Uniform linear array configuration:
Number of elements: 48
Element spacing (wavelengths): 0.75
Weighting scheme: kaiser
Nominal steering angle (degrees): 45
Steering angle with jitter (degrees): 43.988
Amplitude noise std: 0.05
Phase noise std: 0.05

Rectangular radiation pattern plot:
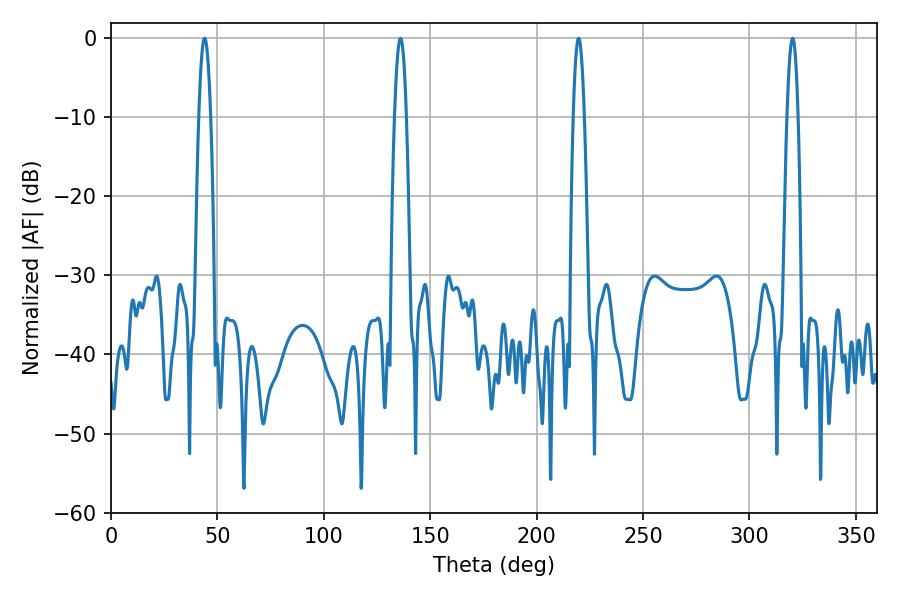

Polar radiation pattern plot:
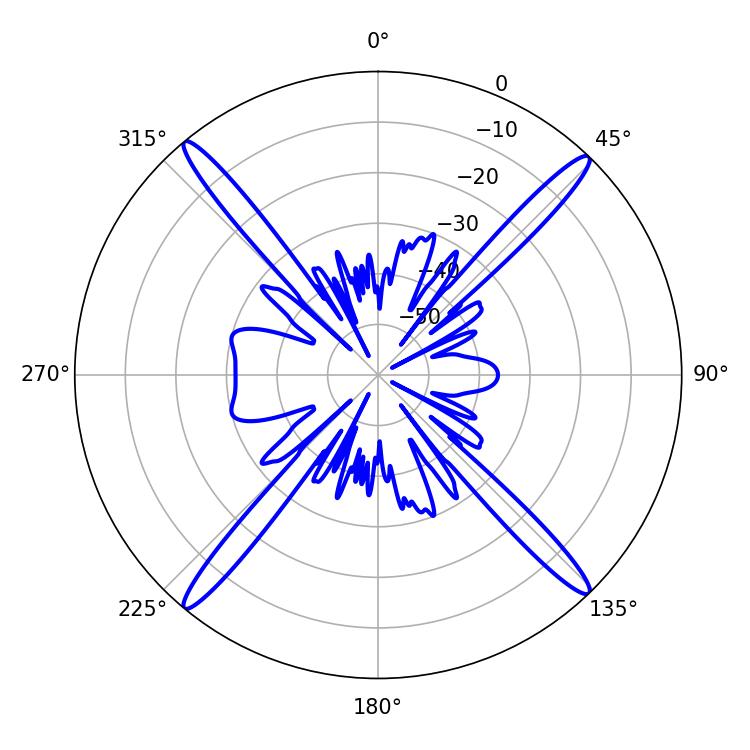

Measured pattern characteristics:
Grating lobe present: TRUE
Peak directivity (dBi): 22.679
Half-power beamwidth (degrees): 3.06
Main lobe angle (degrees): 43.92